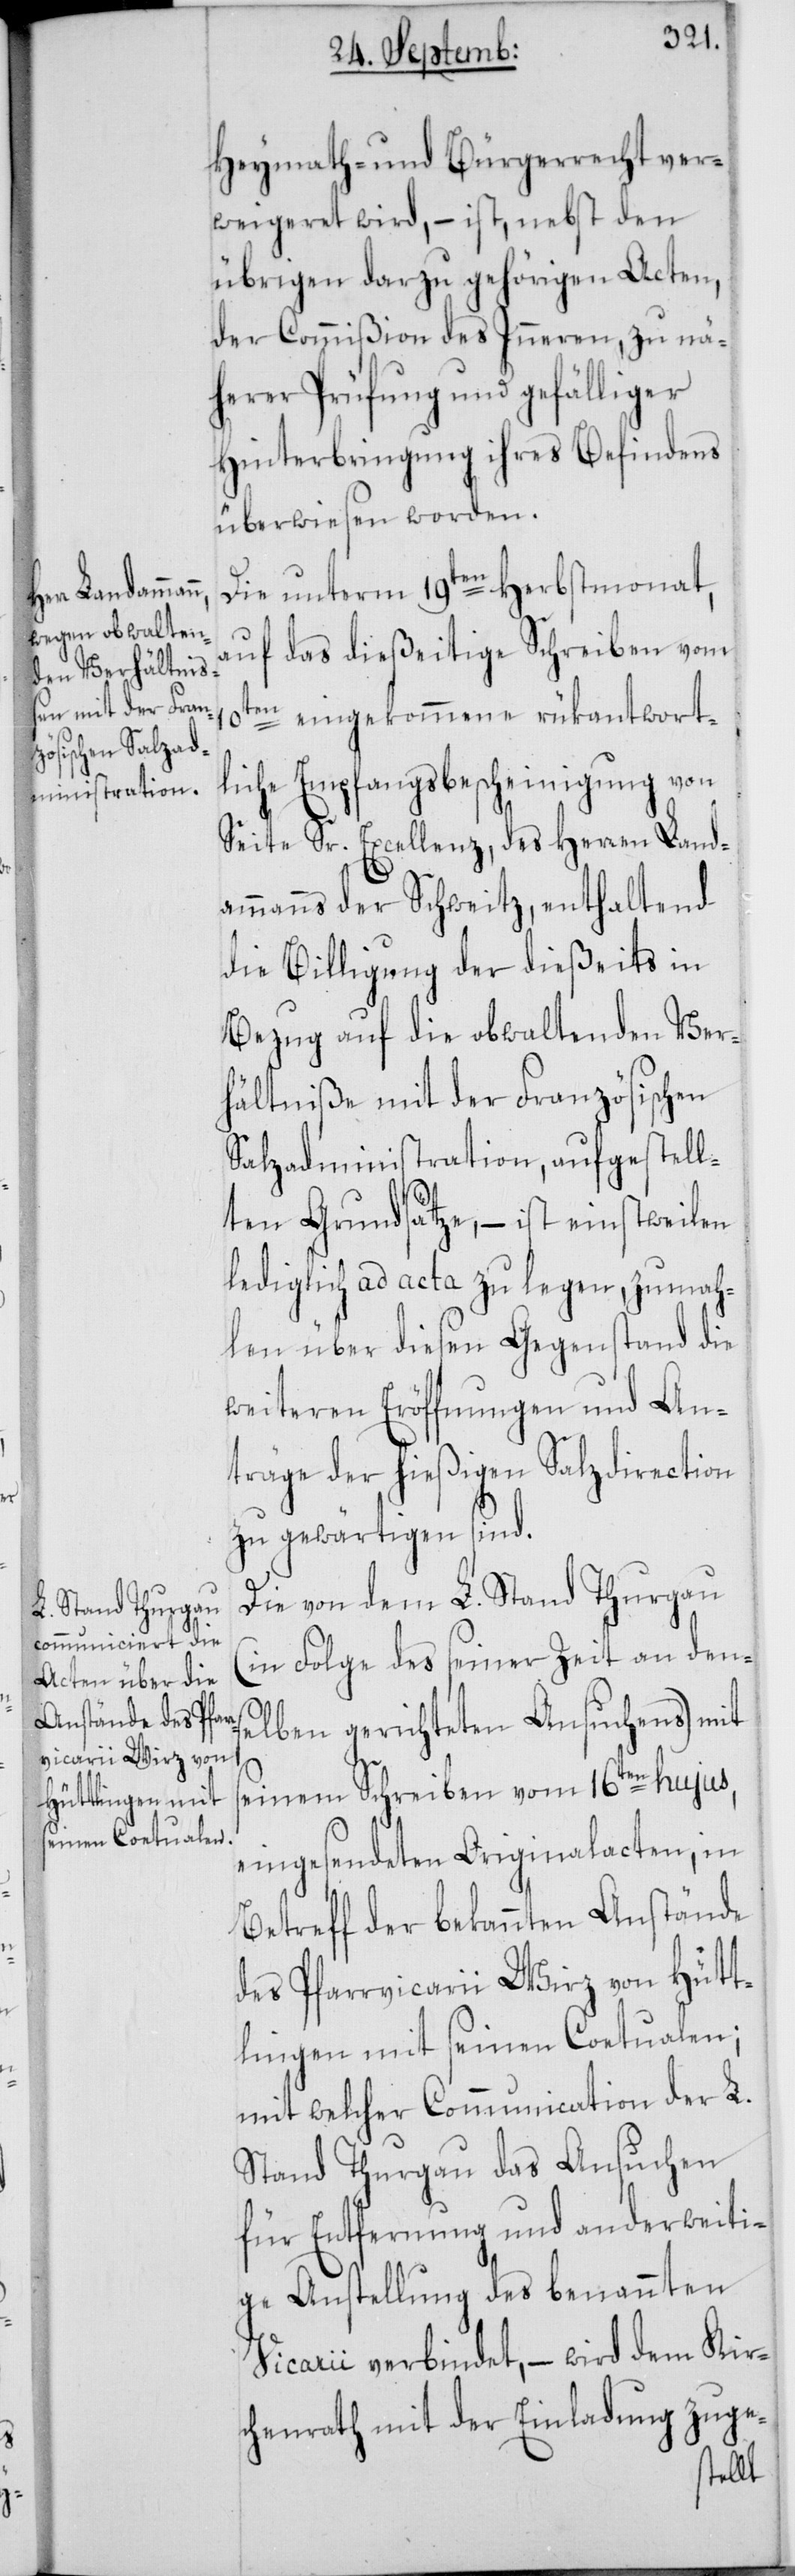
Heymath- und Bürgerrecht ver¬
weigeret wird, – ist, nebst den
übrigen darzu gehörigen Acten,
der Commißion des Inneren zu nä¬
herer Prüfung und gefälliger
Hinterbringung ihres Befindens
überwiesen worden.
Die unterm 19ten Herbstmonat,
auf das dießeitige Schreiben vom
10ten eingekommene rükantwort¬
liche Empfangsbescheinigung von
Seite Sr. Excellenz, des Herren Land¬
ammanns der Schweitz, enthaltend
die Billigung der dießeits in
Bezug auf die obwaltenden Ver¬
hältniße mit der Französischen
Salzadministration, aufgestell¬
ten Grundsätze, – ist einstweilen
lediglich ad acta zu legen, zumah¬
len über diesen Gegenstand die
weiteren Eröffnungen und An¬
träge der hießigen Salzdirection
zu gewärtigen sind.
Die von dem L. Stand Thurgau
(in Folge des seiner Zeit an den¬
selben gerichteten Ansuchens) mit
seinem Schreiben vom 16ten hujus,
eingesendeten Originalacten, in
Betreff der bekannten Anstände
des Pfarrvicarii Wirz von Hütt¬
lingen mit seinen Coetualen;
mit welcher Communication der L.
Stand Thurgau das Ansuchen
für Entfernung und anderweiti¬
ge Anstellung des benannten
Vicarii verbindet, – wird dem Kir¬
chenrath mit der Einladung zuge-